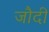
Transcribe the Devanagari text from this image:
जौदी